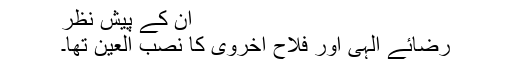
ان کے پیش نظر
رضائے الٰہی اور فلاح اخروی کا نصب العین تھا۔